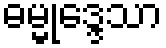
ဓမ္မုဒ္ဒေသာ